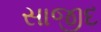
સાજીદ